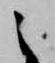
之